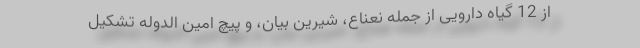
از 12 گیاه دارویی از جمله نعناع، شیرین بیان، و پیچ امین الدوله تشکیل